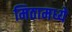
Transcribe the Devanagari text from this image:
मिठामध्ये